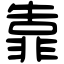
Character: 靠